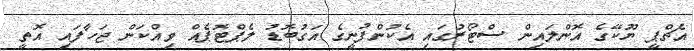
އެޗްޕީ ޔޫކޭގެ އޮންލައިން ސްޓޯރުގައި އެކުންފުނީގެ އަގުބޮޑު ލެޕްޓޮޕެއް ވިއްކަން ޖަހާފައި އޮތީ